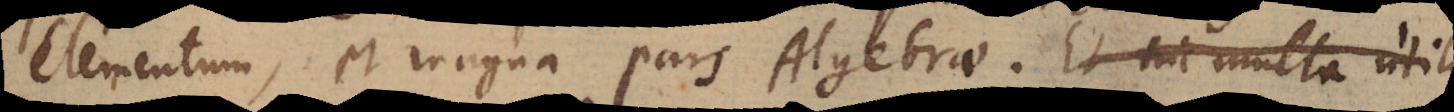
Elementum, et magna pars Algebrae. Et hic multa utili